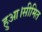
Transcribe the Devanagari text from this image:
हुआ।सीमित